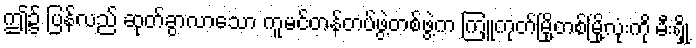
ဤ၌ ပြန်လည် ဆုတ်ခွာလာသော ကူမင်တန်တပ်ဖွဲ့တစ်ဖွဲ့က ကြူကုတ်မြို့တစ်မြို့လုံးကို မီးရှို့